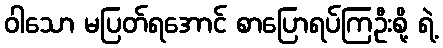
ဝါသော မပြတ်ရအောင် စာပြောရပ်ကြဦးစို့ ရဲ့